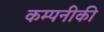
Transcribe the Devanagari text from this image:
कम्पनीकी